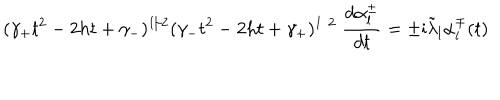
LaTeX: ( \gamma _ { + } t ^ { 2 } - 2 h t + \gamma _ { - } ) ^ { 1 / 2 } ( \gamma _ { - } t ^ { 2 } - 2 h t + \gamma _ { + } ) ^ { 1 / 2 } \; \frac { d \alpha _ { l } ^ { \pm } } { d t } = \pm \mathrm { i } \tilde { \lambda } _ { l } \alpha _ { l } ^ { \mp } ( t )